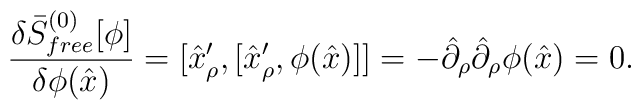
{\delta \bar{S}^{(0)}_{free}[\phi] \over \delta\phi(\hat{x})}= [\hat{x}_\rho^\prime,[\hat{x}_\rho^\prime,\phi(\hat{x})]]= -\hat{\partial}_\rho\hat{\partial}_\rho\phi(\hat{x})=0.